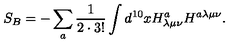
S _ { B } = - \sum _ { a } \frac { 1 } { 2 \cdot 3 ! } \int d ^ { 1 0 } x H _ { \lambda \mu \nu } ^ { a } H ^ { a \lambda \mu \nu } .